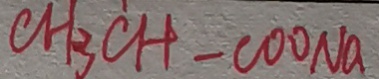
C H _ { 3 } C H - C O O N a